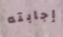
إجابته